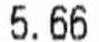
5.66